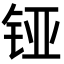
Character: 铔